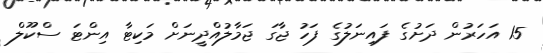
15 އަހަރުން ދަށުގެ ފައިނަލުގެ ފަހު ޖާގަ ޖަމާލުއްދީނަށް މަކިޓާ އިންޓަ ސްކޫލް